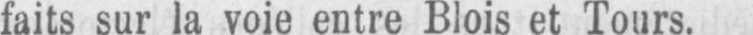
faits sur la voie entre Blois et Tours.